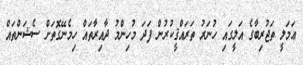
ޢަމަލީ ތަޖުރިބާގެ އަލީގައި ހުނަރު ތަރައްޤީކުރުން ފަދަ މުހިންމު ދާއިރާތައް ހިމެނޭގޮތަށް ސެޝަންތައް